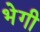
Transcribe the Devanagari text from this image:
भेगी